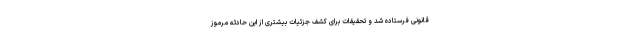
قانونی فرستاده شد و تحقیقات برای کشف جزئیات بیشتری از این حادثه مرموز